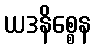
ယဒနိစ္စေန